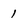
Character: 1